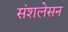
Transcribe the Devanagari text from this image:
संशलेसन